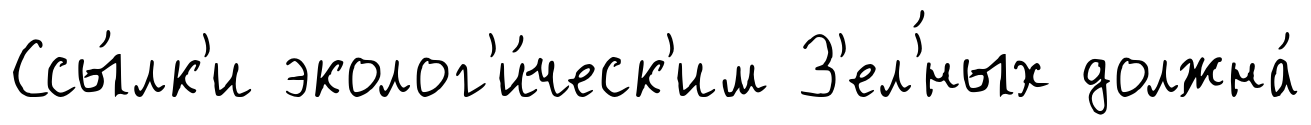
Ссы́лк'и эколог'и́ческ'им З'ел'́ных должна́